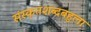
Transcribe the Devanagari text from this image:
संस्कृतशब्दबहुला